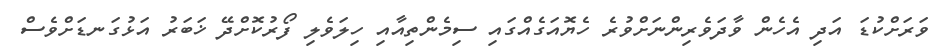
ވަރަށްކުޑަ އަދި އެހެން ވާދަވެރިންނަށްވުރެ ހެޔޮއަގެއްގައި ސިމެންތިއާއި ހިލަވެލި ފޯރުކޮށްދޭ ޚަބަރު އަޅުގަނޑަށްވެސް